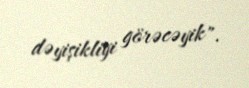
dəyişikliyi görəcəyik".